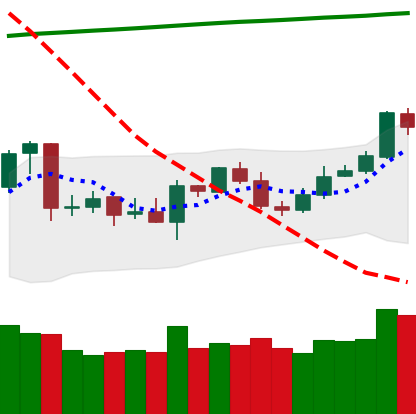
Ticker: ETC-USD
Chart end date: 2020-04-27
Forward return: 22.979%
Label: up_7plus